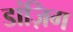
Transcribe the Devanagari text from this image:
डांज़िग